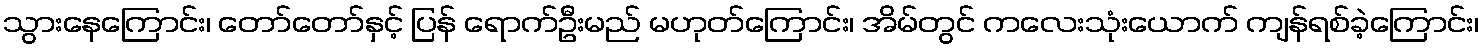
သွားနေကြောင်း၊ တော်တော်နှင့် ပြန် ရောက်ဦးမည် မဟုတ်ကြောင်း၊ အိမ်တွင် ကလေးသုံးယောက် ကျန်ရစ်ခဲ့ကြောင်း၊